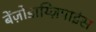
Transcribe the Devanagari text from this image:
बेंज़ोडाय्ज़िपाइंस